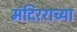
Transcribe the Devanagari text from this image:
मंदिरराच्या